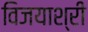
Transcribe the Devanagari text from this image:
विजयाश्री